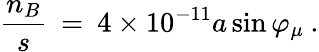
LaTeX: \frac{n_{B}}{s}\: =\: 4\times 10^{-11}a\sin\varphi_{\mu}\: .